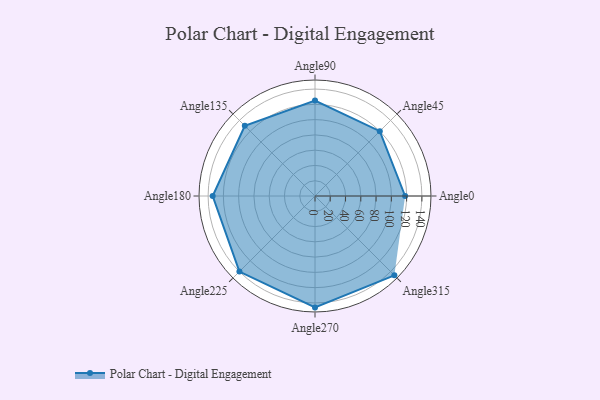
{"axis": {"x": "Angle", "y": "Radius"}, "legend": [""], "data": [{"x": "Angle0", "y": 118.0, "type": ""}, {"x": "Angle45", "y": 120.0, "type": ""}, {"x": "Angle90", "y": 125.0, "type": ""}, {"x": "Angle135", "y": 130.0, "type": ""}, {"x": "Angle180", "y": 134.0, "type": ""}, {"x": "Angle225", "y": 140.0, "type": ""}, {"x": "Angle270", "y": 146.0, "type": ""}, {"x": "Angle315", "y": 147.0, "type": ""}]}